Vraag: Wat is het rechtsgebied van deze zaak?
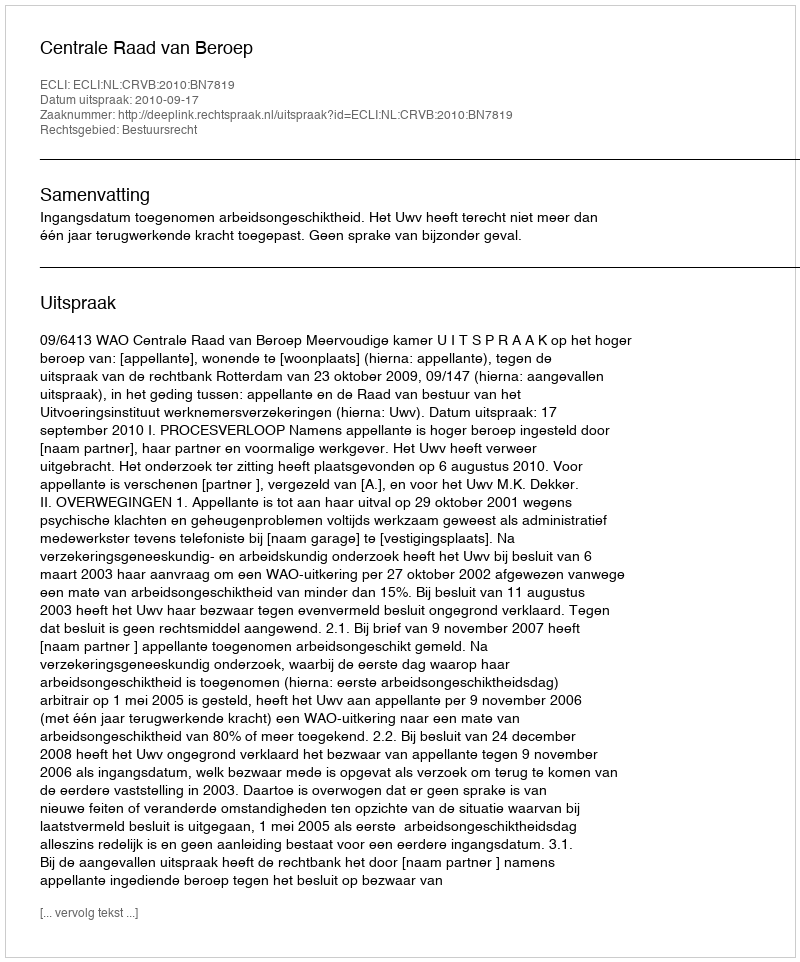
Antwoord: Bestuursrecht